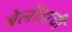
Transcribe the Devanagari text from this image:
बेलीझची